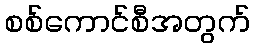
စစ်ကောင်စီအတွက်